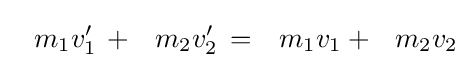
\;\;\,m_{1}v_{1}^{\prime }\,+\;\;\,m_{2}v_{2}^{\prime }\,=\;\;\,m_{1}v_{1}+\;\;\,m_{2}v_{2}